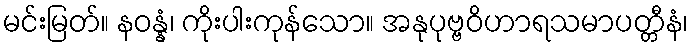
မင်းမြတ်။ နဝန္နံ၊ ကိုးပါးကုန်သော။ အနုပုဗ္ဗဝိဟာရသမာပတ္တီနံ၊